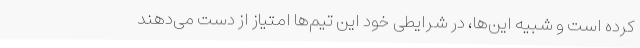
کرده است و شبیه این‌ها، در شرایطی خود این تیم‌ها امتیاز از دست می‌دهند